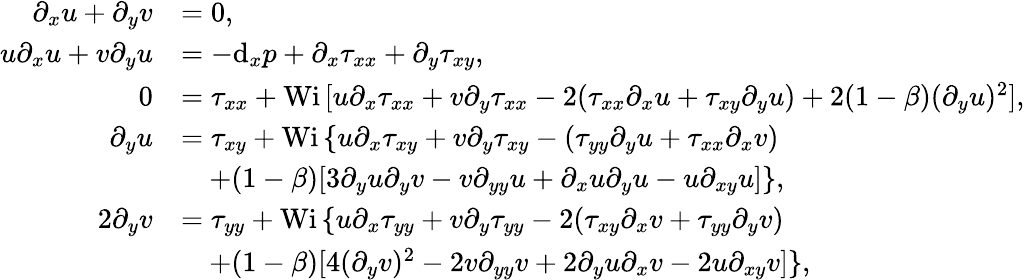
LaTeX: \begin{array}{rl}{\partial_{x}u+\partial_{y}v}&{=0,}\\ {u\partial_{x}u+v\partial_{y}u}&{=-\textrm{d}_{x}p+\partial_{x}\tau_{xx}+\partial_{y}\tau_{xy},}\\ {0}&{=\tau_{xx}+\textrm{Wi}\, [u\partial_{x}\tau_{xx}+v\partial_{y}\tau_{xx}-2(\tau_{xx}\partial_{x}u+\tau_{xy}\partial_{y}u)+2(1-\beta)(\partial_{y}u)^{2}],}\\ {\partial_{y}u}&{=\tau_{xy}+\textrm{Wi}\, \{ u\partial_{x}\tau_{xy}+v\partial_{y}\tau_{xy}-(\tau_{yy}\partial_{y}u+\tau_{xx}\partial_{x}v)}\\ &{\quad+(1-\beta)[3\partial_{y}u\partial_{y}v-v\partial_{yy}u+\partial_{x}u\partial_{y}u-u\partial_{xy}u]\} ,}\\ {2\partial_{y}v}&{=\tau_{yy}+\textrm{Wi}\, \{ u\partial_{x}\tau_{yy}+v\partial_{y}\tau_{yy}-2(\tau_{xy}\partial_{x}v+\tau_{yy}\partial_{y}v)}\\ &{\quad+(1-\beta)[4(\partial_{y}v)^{2}-2v\partial_{yy}v+2\partial_{y}u\partial_{x}v-2u\partial_{xy}v]\} ,}\end{array}